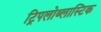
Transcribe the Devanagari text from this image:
ट्रिपलोब्लास्टिक